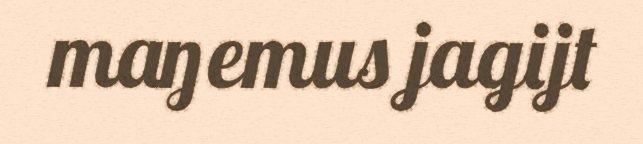
maŋemus jagijt